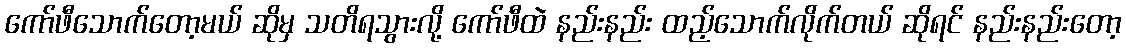
ကော်ဖီသောက်တော့မယ် ဆိုမှ သတိရသွားလို့ ကော်ဖီထဲ နည်းနည်း ထည့်သောက်လိုက်တယ် ဆိုရင် နည်းနည်းတော့